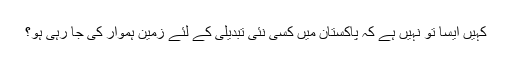
کہیں ایسا تو نہیں ہے کہ پاکستان میں کسی نئی تبدیلی کے لئے زمین ہموار کی جا رہی ہو؟